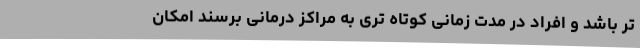
تر باشد و افراد در مدت زمانی کوتاه تری به مراکز درمانی برسند امکان